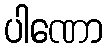
ပါဏော